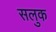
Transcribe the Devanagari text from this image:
सलुक